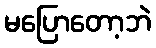
မပြောတော့ဘဲ